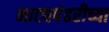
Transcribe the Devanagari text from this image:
नाट्यपंढरीच्या